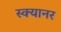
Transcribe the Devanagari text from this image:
स्क्यानर